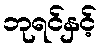
ဘုရင်နှင့်